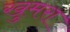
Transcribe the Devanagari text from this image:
खुमरा